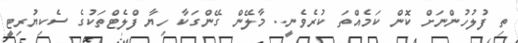
ތި ފުލުހުންނަށް ކޮން ކަމެއްތަ ކުރެވެނީ.. މާލޭން ގޭންގަކާ ހިޔާ ފްލެޓްތަކުގެ ސެކިޔުރިޓީ